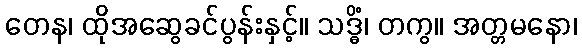
တေန၊ ထိုအဆွေခင်ပွန်းနှင့်။ သဒ္ဓိံ၊ တကွ။ အတ္တမနော၊